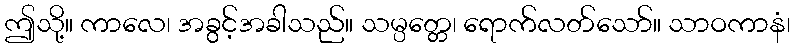
ဤသို့။ ကာလေ၊ အခွင့်အခါသည်။ သမ္ပတ္တေ၊ ရောက်လတ်သော်။ သာဝကာနံ၊